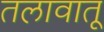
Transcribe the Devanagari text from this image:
तलावातू